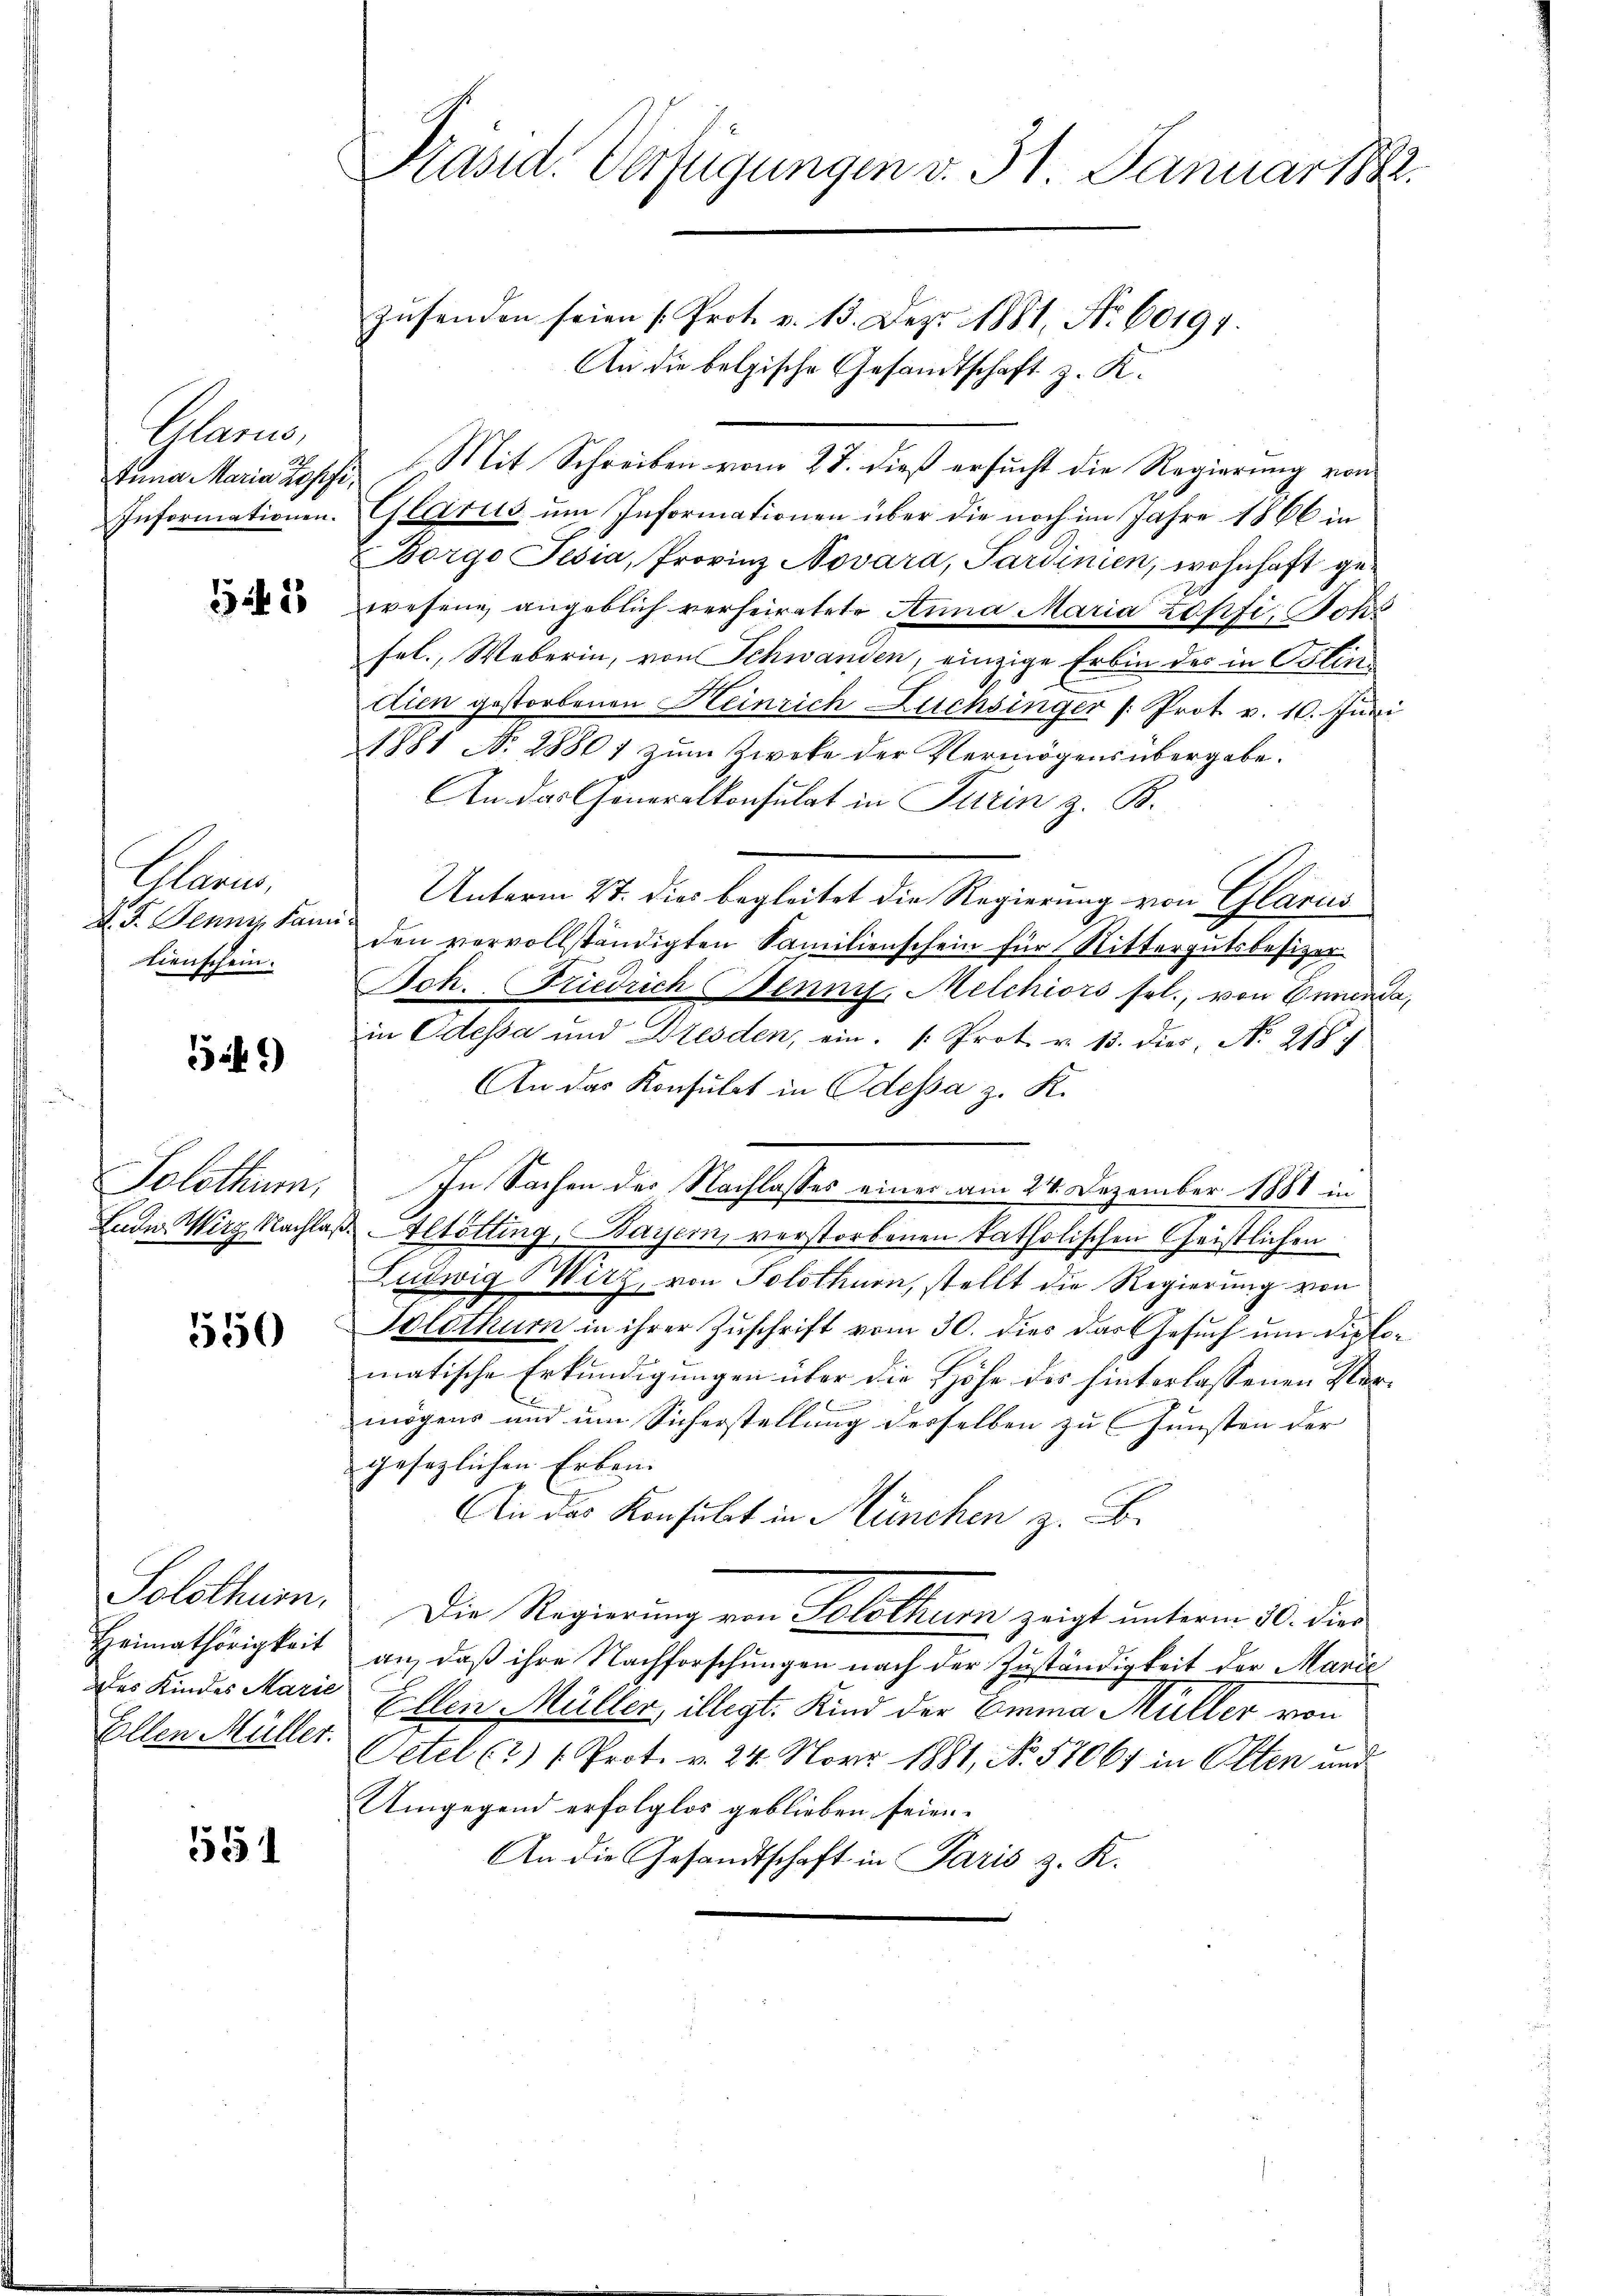
Gleon
Informationen.

11

Glori
A. F. Jennen Famitienschein.

549)

Solothur.

550

Solothurn.
Heimathörigkeit
des Kindes Marie
Ellen Müller.

1551

Präsid. Verfügungen v. 31. Januar 1882.
zŭsenden seien (Prot. v. 13. Dez. 1881, No. 60191.

An die belgische Gesandtschaft z. K.
Anna Maria Kopfe Mit Schreiben vom 27. dieß ersucht die Regierung von
Glarus um Informationen über die noch im Jahre 1866 in
Borgo Pesia, Provinz Novara, Sardinien, wohnhaft gewesene angeblich verheiratete Anna Maria Zopfi, Johs
sel., Weberin, von Schwanden, einzige Erbin des in Polinctien gestorbenen Heinrich Diensinger (: Prot. v. 10. Juni
1881 No 28801 zum Zweke der Vermögens übergabe.
An das Generalkonsulat in Turin z. B.
Unterm 2t. dies begleitet die Regierung von Glarus
den vervollständigten Familienschein für Rittergutsbesizer
Joh. Friedrich Benni, Melchiors sel., von Grunda,
in Odessa und Dresden, ein. Prot. v. 13. dies, No 218 f
An das Konsulat in Odessa z. K.
In Sachen des Nachlasses einer am 24. Dezember 1881 in
Luder Wirg Nachlaß Altötting, Bayern, verstorbenen katholischen Christlichen
Ludwig Mitz, von Solothurn, stellt die Regierung von
Solothur in ihrer Zuschrift vom 30. dies das Gesuch um diplomatische Erkundigungen über die Höhe des hinterlassenen Vermögens und um Sicherstellung desselben zu Gunsten der
gesezlichen Erben
An das Konsulat in München z. B.
Die Regierung von Solothurn zeigt unterm 30. dies
an, daß ihre Nachforschungen nach der Zuständigkeit der Marie
Ellen Müller, illigt. Kind der Emma Müller von
Oetel (2) (Prot. v. 24. Novr 1881, No 57064 in Olten und
Umgegend erfolglos geblieben seien.
An die Gesandtschaft in Paris z. K.